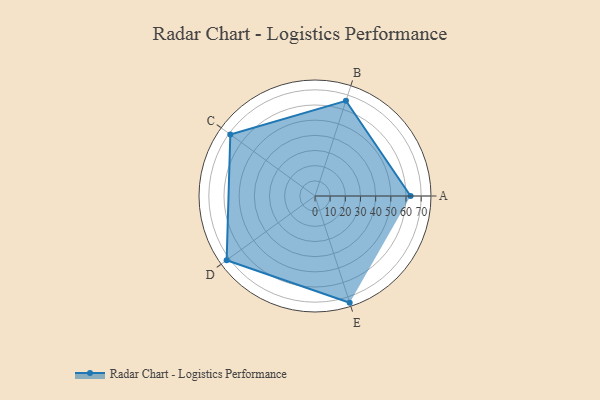
{"axis": {"x": "Skill", "y": "Score"}, "legend": ["Profile"], "data": [{"x": "A", "y": 63.0, "type": "Profile"}, {"x": "B", "y": 66.0, "type": "Profile"}, {"x": "C", "y": 69.0, "type": "Profile"}, {"x": "D", "y": 72.0, "type": "Profile"}, {"x": "E", "y": 74.0, "type": "Profile"}]}